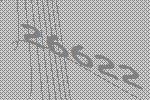
26622